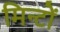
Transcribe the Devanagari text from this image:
मिन्टों